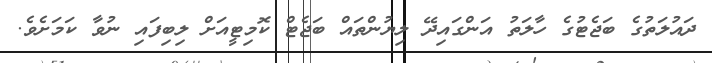
ދައުލަތުގެ ބަޖެޓުގެ ހާލަތު އަންގައިދޭ ލިޔުންތައް ބަޖެޓް ކޮމިޓީއަށް ލިބިފައި ނުވާ ކަމަށެވެ.